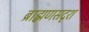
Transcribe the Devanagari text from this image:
ब्राह्मणसदृश